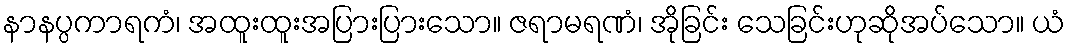
နာနပ္ပကာရကံ၊ အထူးထူးအပြားပြားသော။ ဇရာမရဏံ၊ အိုခြင်း သေခြင်းဟုဆိုအပ်သော။ ယံ